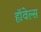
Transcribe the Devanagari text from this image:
हॉवेल्स